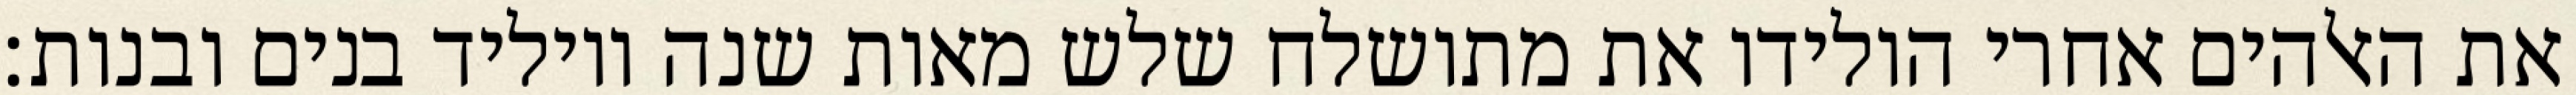
את האלהים אחרי הולידו את מתושלח שלש מאות שנה ויוליד בנים ובנות׃